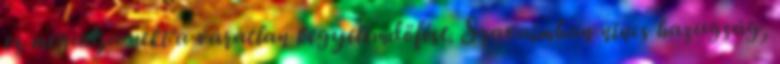
ez megadja neki a váratlan kegyelemdöfést. Szavaimban nincs hazugság,